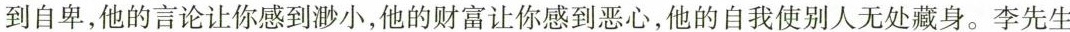
到自卑，他的言论让你感到渺小，他的财富让你感到恶心，他的自我使别人无处藏身。李先生